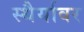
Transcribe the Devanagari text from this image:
स्थैर्यावर